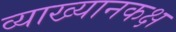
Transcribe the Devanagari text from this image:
व्याख्यानकक्ष